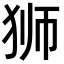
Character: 狮